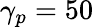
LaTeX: \gamma_{p}=50